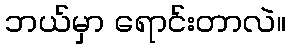
ဘယ်မှာ ရောင်းတာလဲ။